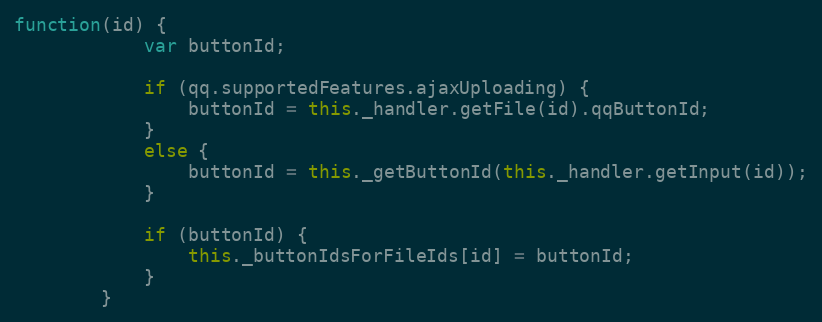
Language: JavaScript
function(id) {
            var buttonId;

            if (qq.supportedFeatures.ajaxUploading) {
                buttonId = this._handler.getFile(id).qqButtonId;
            }
            else {
                buttonId = this._getButtonId(this._handler.getInput(id));
            }

            if (buttonId) {
                this._buttonIdsForFileIds[id] = buttonId;
            }
        }